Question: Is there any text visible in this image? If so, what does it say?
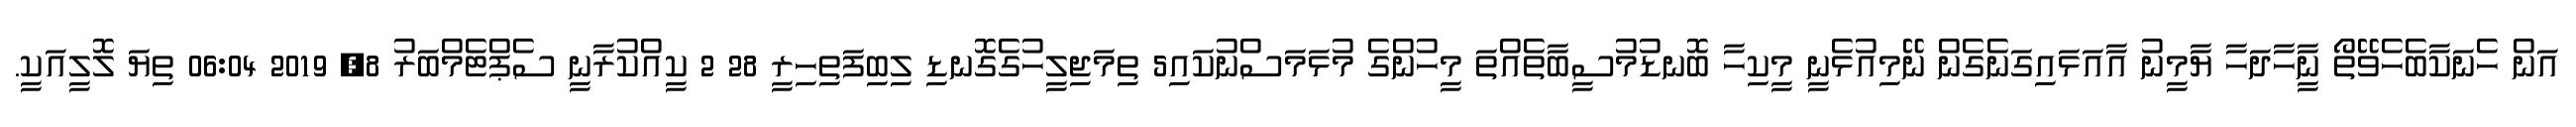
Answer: އަން ހެނަކާބެހެވޭތޯ ނީާހާދަހާ ޔާމީނު އާއަޅައިގަނެގެން ނޭމިއުޅެނީ މީކިހާ ބޮނޑުމުސީބާތެއްތަ މީހުންގެ މުޅަމަސްނުކައި5 ތިމަޖިލީހުގެގޮނޑި ލިބިފަތިހިރީ 28 2 ކީއްކުރާނީ ސެޕްޓެމްބަރު 8, 2019 06:04 ތިޔަ ލޮލީއަކީ.